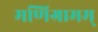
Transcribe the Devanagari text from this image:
मणिग्रामम्